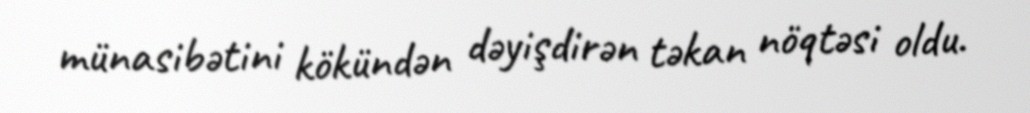
münasibətini kökündən dəyişdirən təkan nöqtəsi oldu.